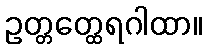
ဥတ္တတ္ထေရဂါထာ။